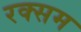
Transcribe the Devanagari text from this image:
रक्सम